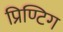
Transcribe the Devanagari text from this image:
प्रिण्टिग